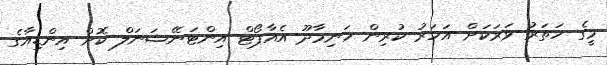
މީގެ ހަތަރު ވަރަކަށް އަހަރު ކުރިން ހަނިމާދޫ އެއާޕޯޓް އިންޓަނޭޝަނަލް ކޮށް އިންޑިއާގެ